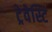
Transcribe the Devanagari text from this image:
ट्रेवेस्टि